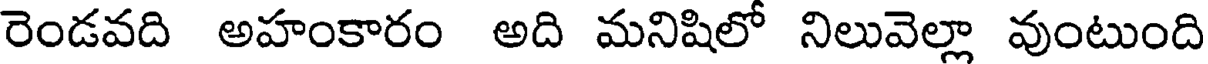
రెండవది అహంకారం అది మనిషిలో నిలువెల్లా వుంటుంది